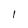
Character: l